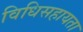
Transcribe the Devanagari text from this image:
विधिसहायता